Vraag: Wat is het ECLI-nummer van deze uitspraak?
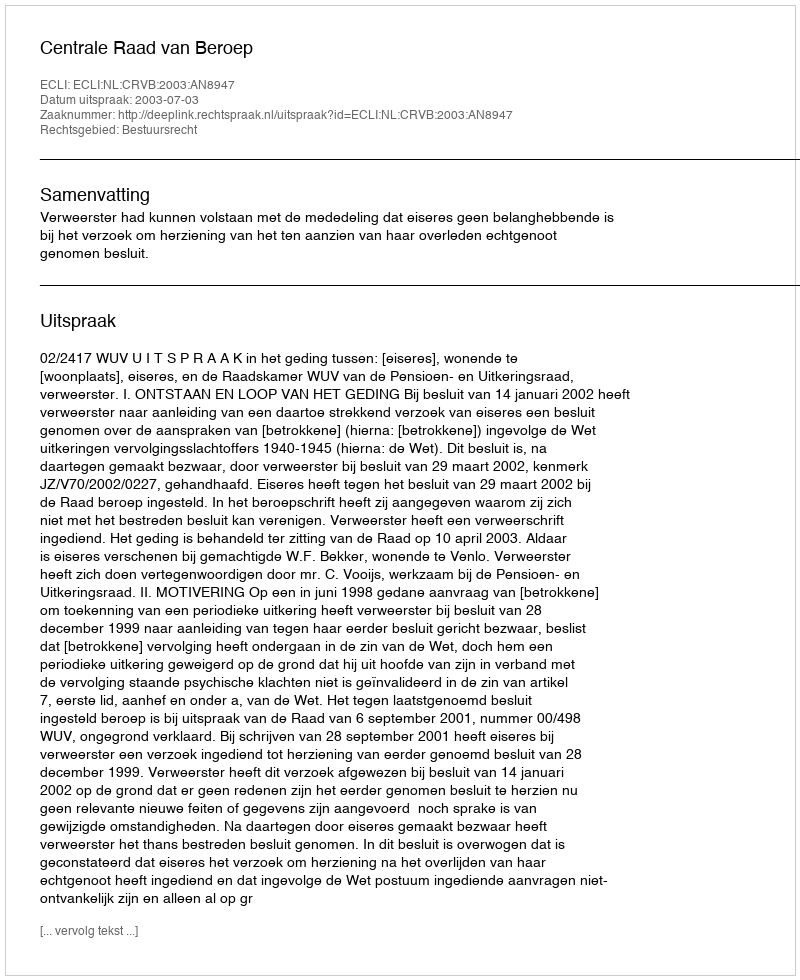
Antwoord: ECLI:NL:CRVB:2003:AN8947